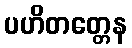
ပဟိတတ္တေန